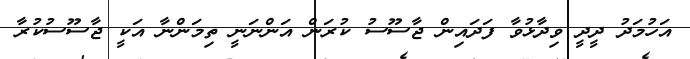
އަހުމަދު ދީދީ ވިދާޅުވާ ފަދައިން ޖާސޫސު ކުރަން އަންނަނީ ތިމަންނާ އަކީ ޖާސޫސުކުރާ